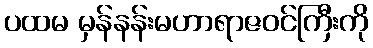
ပထမ မှန်နန်းမဟာရာဇဝင်ကြီးကို